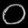
Digit: ၀